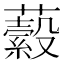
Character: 𧂔